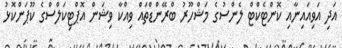
އަދި އަވިއައިނާއި ކޮންޓެކްޓް ލެންސުގެ މަޝްހޫރު ބްރޭންޑްތައް ވިއްކާ ވިޝަން އޮޕްޓިކަލްސްގެ ކޫޕަންކޮޅު